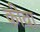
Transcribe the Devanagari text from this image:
कींवा